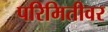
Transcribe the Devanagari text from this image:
परिमितीवर